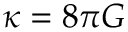
\kappa = 8 \pi G